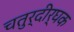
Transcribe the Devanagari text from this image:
चतुर्दीर्घक